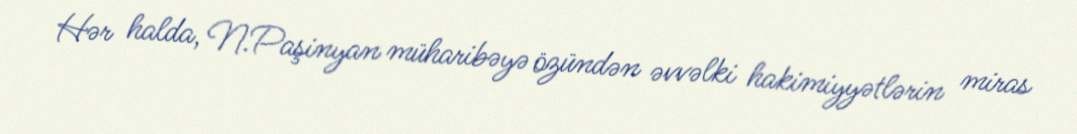
Hər halda, N.Paşinyan müharibəyə özündən əvvəlki hakimiyyətlərin miras